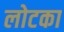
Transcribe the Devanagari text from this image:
लोटका